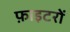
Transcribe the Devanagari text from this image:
फ़ाइटरों